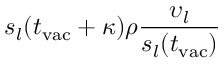
s _ { l } ( t _ { \mathrm { v a c } } + \kappa ) \rho \frac { \upsilon _ { l } } { s _ { l } ( t _ { \mathrm { v a c } } ) }